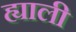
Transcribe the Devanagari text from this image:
ह्याली